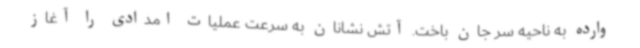
وارده به ناحیه سر جان باخت. آتش نشانان به سرعت عملیات امدادی را آغاز